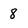
Character: 8